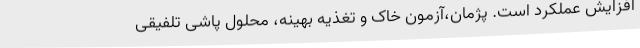
افزایش عملکرد است. پژمان،آزمون خاک و تغذیه بهینه، محلول پاشی تلفیقی